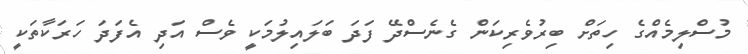
މުސްލިމެއްގެ ހިތަށް ބިރުވެރިކަން ގެނެސްދޭ ފަދަ ބަލައިލުމަކީ ވެސް އަދި އެފަދަ ހަރަކާތަކީ